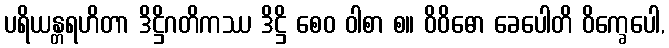
ပရိယန္တရဟိတာ ဒိဋ္ဌိဂတိကဿ ဒိဋ္ဌိ စေဝ ဝါစာ စ။ ဝိဝိဓော ခေပေါတိ ဝိက္ခေပေါ,